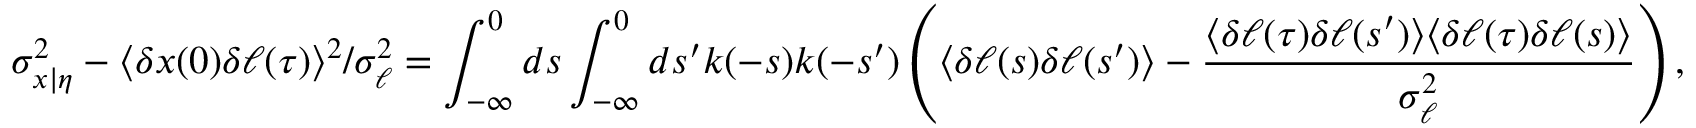
\sigma _ { x | \eta } ^ { 2 } - \langle \delta x ( 0 ) \delta \ell ( \tau ) \rangle ^ { 2 } / \sigma _ { \ell } ^ { 2 } = \int _ { - \infty } ^ { 0 } d s \int _ { - \infty } ^ { 0 } d s ^ { \prime } k ( - s ) k ( - s ^ { \prime } ) \left( \langle \delta \ell ( s ) \delta \ell ( s ^ { \prime } ) \rangle - \frac { \langle \delta \ell ( \tau ) \delta \ell ( s ^ { \prime } ) \rangle \langle \delta \ell ( \tau ) \delta \ell ( s ) \rangle } { \sigma _ { \ell } ^ { 2 } } \right) ,